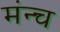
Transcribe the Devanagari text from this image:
मंन्च